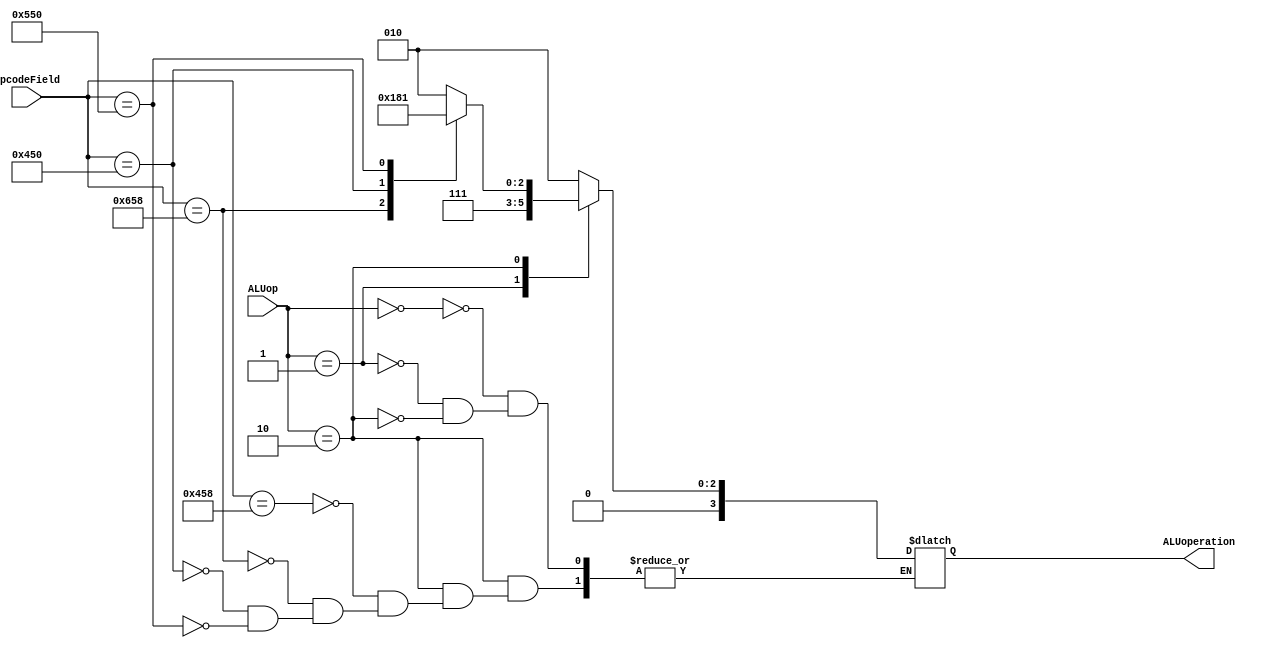
module ALUControl
(
	input [1:0] ALUop,
	input [10:0] opcodeField,
	output reg [3:0] ALUoperation
);

	always @(*) case (ALUop)
		2'b00 : ALUoperation = 4'b0010; // Jump instruction
		2'b01 : ALUoperation = 4'b0111;
		2'b10 : case (opcodeField)
			11'b10001011000 : ALUoperation = 4'b0010; // ADD
			11'b11001011000 : ALUoperation = 4'b0110; // SUB
			11'b10001010000 : ALUoperation = 4'b0000; // AND
			11'b10101010000 : ALUoperation = 4'b0001; // ORR
		endcase
	endcase
endmodule